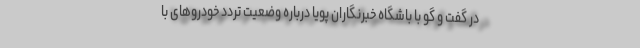
در گفت و گو با باشگاه خبرنگاران پویا درباره وضعیت تردد خودروهای با